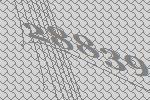
28839